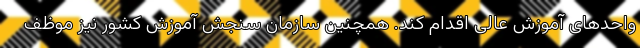
واحدهای آموزش عالی اقدام کند. همچنین سازمان سنجش آموزش کشور نیز موظف